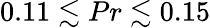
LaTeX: {0.11\lesssim Pr\lesssim 0.15}